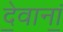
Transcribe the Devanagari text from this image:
दे॒वानां॒